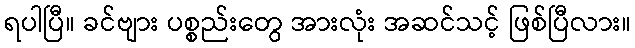
ရပါပြီ။ ခင်ဗျား ပစ္စည်းတွေ အားလုံး အဆင်သင့် ဖြစ်ပြီလား။